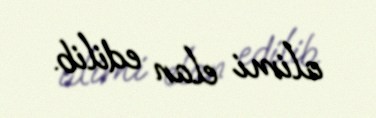
alimi elan edilib.